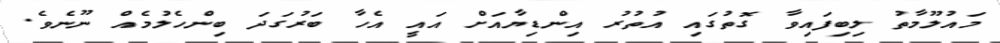
މައުލޫމާތު ލިބިފައިވާ ގޮތުގައި އުތުރު އިންޑިޔާއަށް އައީ އެހާ ބަރުގަދަ ބިންހެލުމެއް ނޫނެވެ.